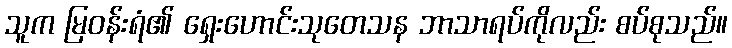
သူက မြဝန်းရံ၏ ရှေးဟောင်းသုတေသန ဘာသာရပ်ကိုလည်း စပ်စုသည်။